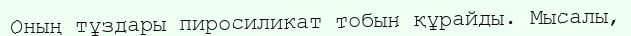
Оның тұздары пиросиликат тобын құрайды. Мысалы,